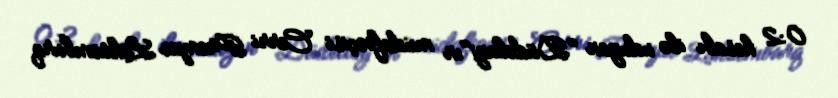
0:2 hesabı ilə uduzan "Düdelanj"ın müdafiəçisi Cerri Prempe Lüksemburq